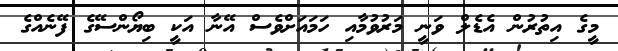
މީގެ އިތުރުން އެޑެލް ވަނީ މަރުވުމާއި ހަމައަށްވެސް އޭނާ އަކީ ބިޔޯންސޭގެ ފޭނެއްގެ